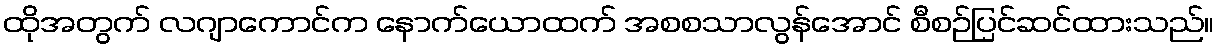
ထိုအတွက် လဂျာကောင်က နောက်ယောထက် အစစသာလွန်အောင် စီစဉ်ပြင်ဆင်ထားသည်။